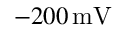
- 2 0 0 \, \mathrm { m V }